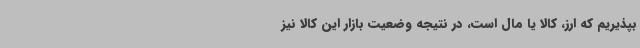
بپذیریم که ارز، کالا یا مال است، در نتیجه وضعیت بازار این کالا نیز